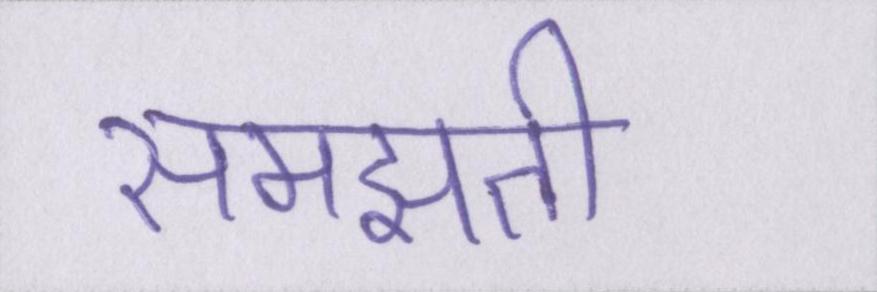
समझती